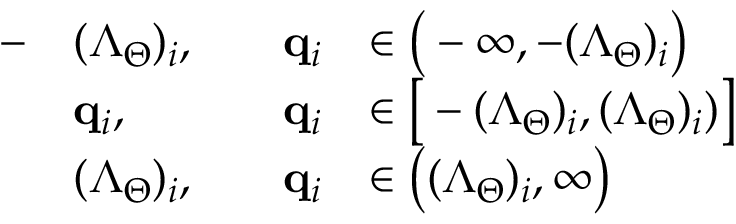
\begin{array} { r l r l } { - } & { ( \boldsymbol { \Lambda } _ { \Theta } ) _ { i } , \quad } & { \mathbf { q } _ { i } } & { \in \big ( - \infty , - ( \boldsymbol { \Lambda } _ { \Theta } ) _ { i } \big ) } \\ & { \mathbf { q } _ { i } , \quad } & { \mathbf { q } _ { i } } & { \in \big [ - ( \boldsymbol { \Lambda } _ { \Theta } ) _ { i } , ( \boldsymbol { \Lambda } _ { \Theta } ) _ { i } ) \big ] } \\ & { ( \boldsymbol { \Lambda } _ { \Theta } ) _ { i } , } & { \mathbf { q } _ { i } } & { \in \big ( ( \boldsymbol { \Lambda } _ { \Theta } ) _ { i } , \infty \big ) } \end{array}